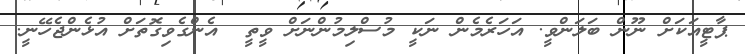
ޕާޓީއަކަށް ނޫން ބަލަންވީ. އަހަރެމެން ނަކީ މުސްލިމުންނަށް ވީތީ  އެންގެވިގޮތަށް އުޅެންޖެހޭނީ.